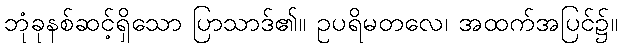
ဘုံခုနစ်ဆင့်ရှိသော ပြာသာဒ်၏။ ဥပရိမတလေ၊ အထက်အပြင်၌။